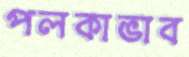
পলকাভাব